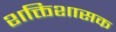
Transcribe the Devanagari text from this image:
शक्तिशासक